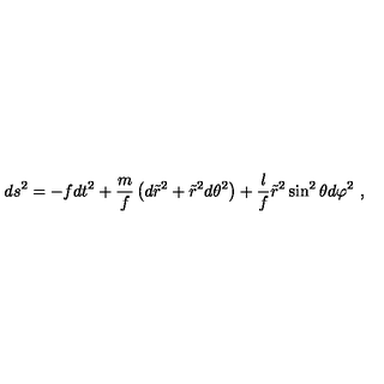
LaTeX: d s ^ { 2 } = - f d t ^ { 2 } + \frac { m } { f } \left( d \tilde { r } ^ { 2 } + \tilde { r } ^ { 2 } d \theta ^ { 2 } \right) + \frac { l } { f } \tilde { r } ^ { 2 } \sin ^ { 2 } \theta d \varphi ^ { 2 } \ ,